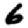
Digit: 6